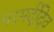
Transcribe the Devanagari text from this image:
परमर्दीदेव